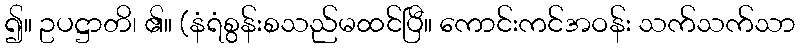
၍။ ဥပဋ္ဌာတိ၊ ၏။ (နံရံစွန်းစသည်မထင်ပြီ။ ကောင်းကင်အဝန်း သက်သက်သာ